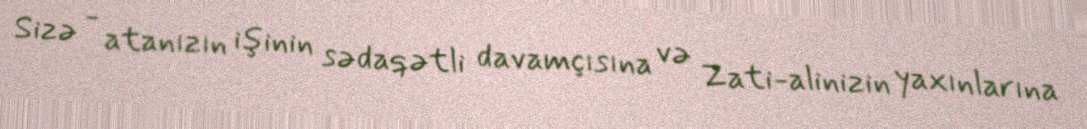
Sizə - atanızın işinin sədaqətli davamçısına və Zati-alinizin yaxınlarına